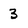
Character: 3